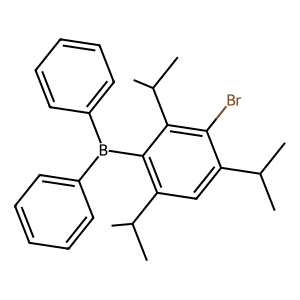
SMILES: CC(C)c1cc(C(C)C)c(B(c2ccccc2)c2ccccc2)c(C(C)C)c1Br
Inhibits HIV replication: No